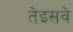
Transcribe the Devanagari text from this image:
तेइसवे